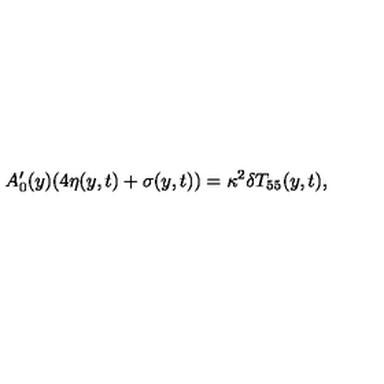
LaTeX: A _ { 0 } ^ { \prime } ( y ) ( 4 \eta ( y , t ) + \sigma ( y , t ) ) = \kappa ^ { 2 } \delta T _ { 5 5 } ( y , t ) ,